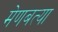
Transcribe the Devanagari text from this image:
मेणबत्या